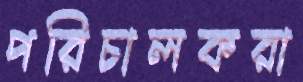
পরিচালকরা